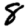
Digit: 8